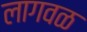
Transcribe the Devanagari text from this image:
लागवळ